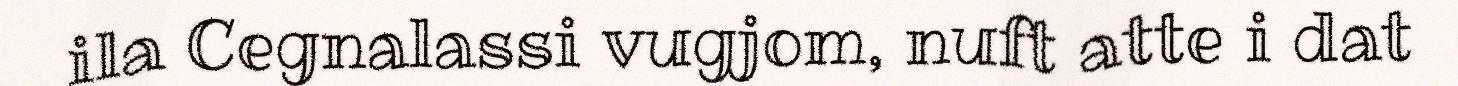
ila Cegnalassi vugjom, nuft atte i dat